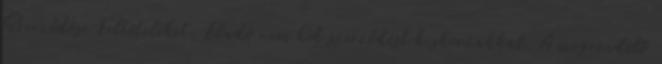
Szerződési Feltételeket. Eladó nem köt szerződést kiskorúakkal. A megrendelő